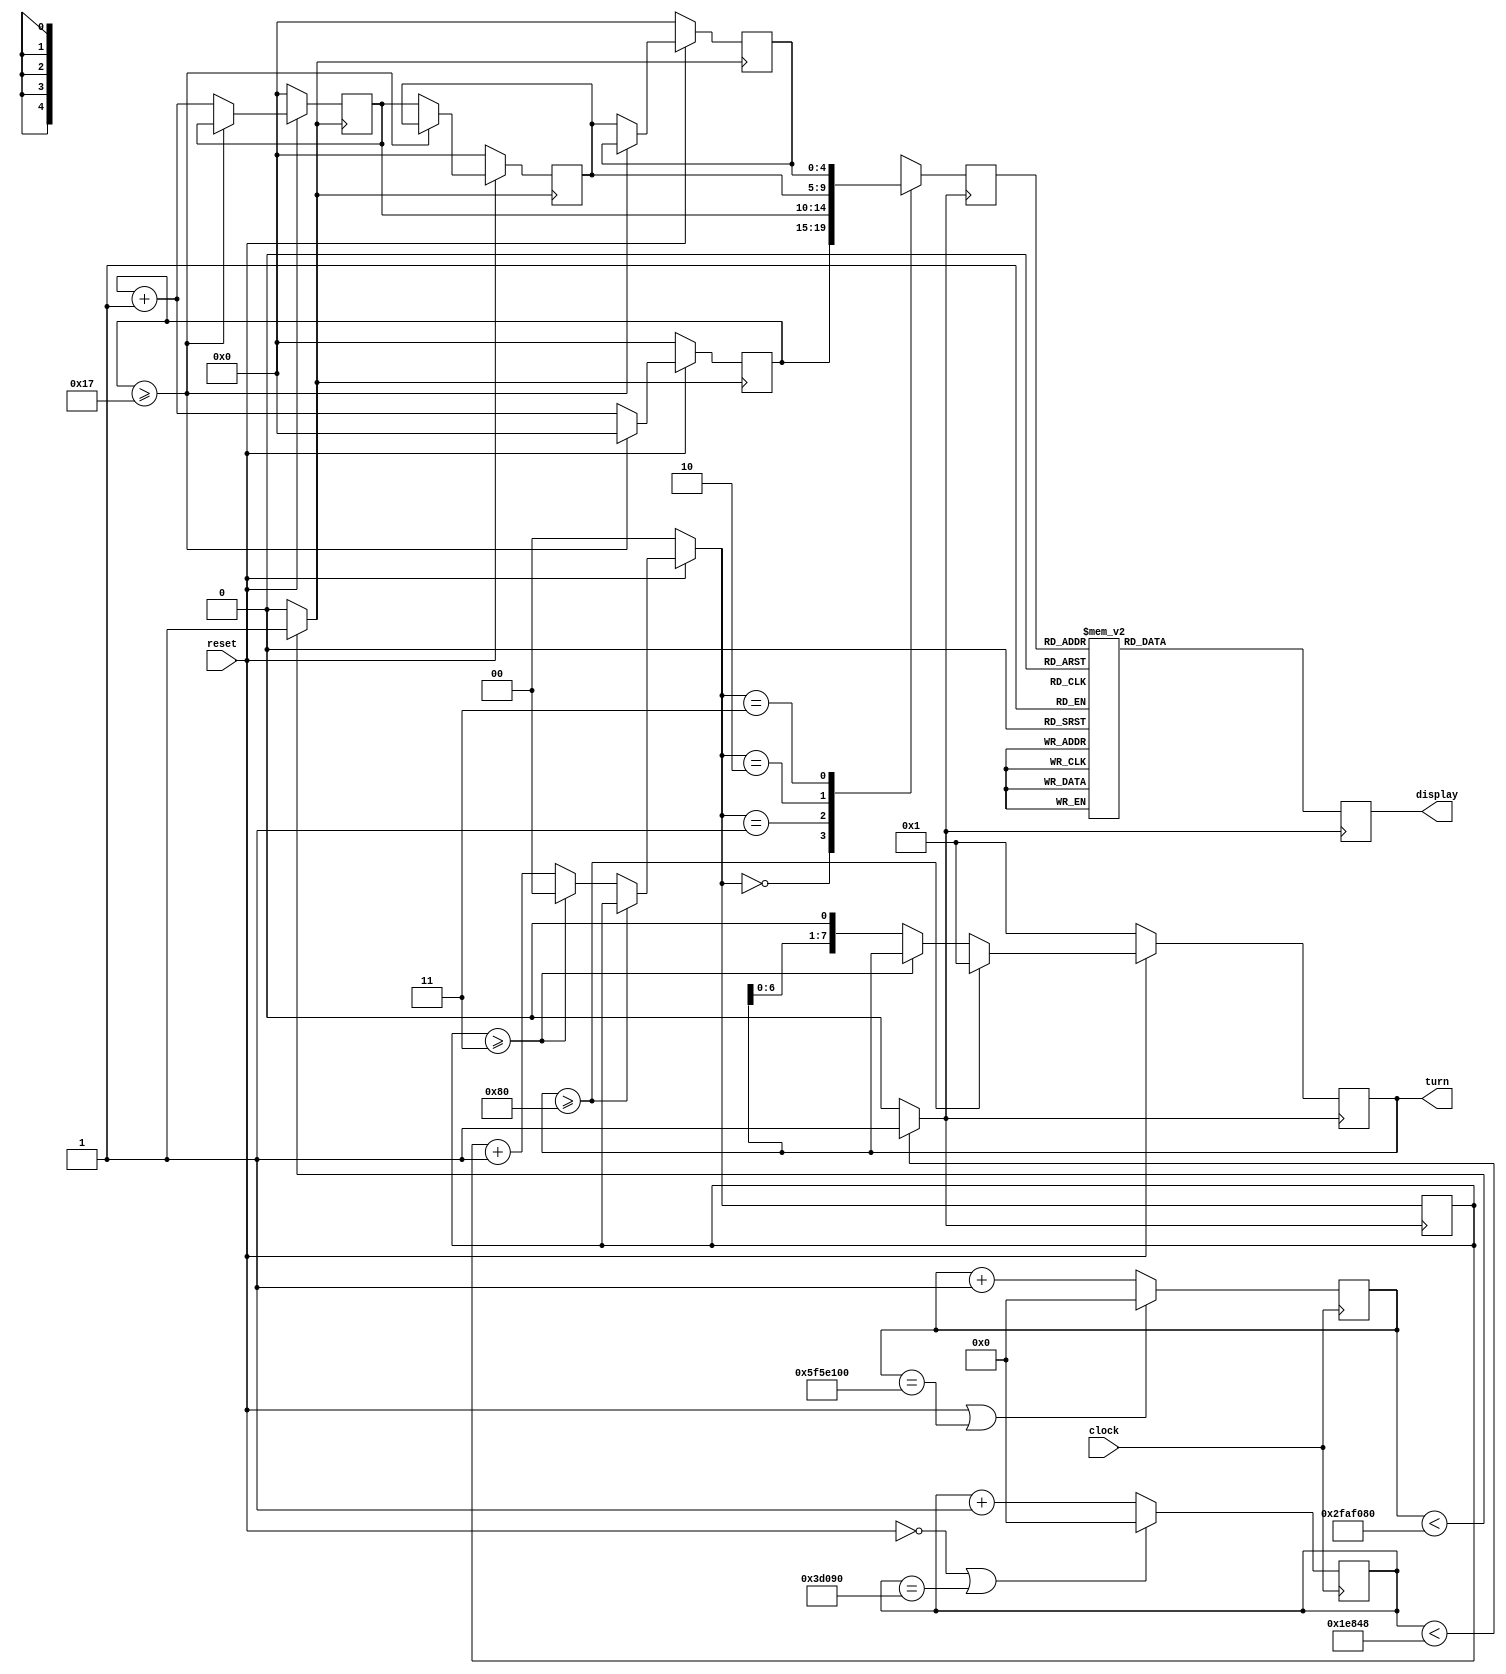
module snake (clock, reset, turn, display);
    input clock, reset;
    output [7:0] turn;
    output [15:0] display;

    reg [4:0] body, first, second, third, fourth;  // 

    reg [7:0] turn;
    reg [1:0] turn_snake;
    reg [15:0] display;
    reg [32:0] diver, diver400;
    reg clock_1hz, clock_400hz;

    always@(posedge clock) begin
        if(reset || diver == 100000000) begin
            diver = 0;
        end else begin
            diver = diver + 1;
        end
    end

    always @ (diver) begin
        if (diver < 50000000) begin
            clock_1hz = 1;
        end else begin
            clock_1hz = 0;
        end
    end

    always@(posedge clock) begin
        if(~reset || diver400 == 250000) begin
            diver400 = 0;
        end else begin
            diver400 = diver400 + 1;
        end
    end

    always @ (diver400) begin
        if (diver400 < 125000) begin
            clock_400hz = 1;
        end else begin
            clock_400hz = 0;
        end
    end

    // always @ (clock) begin
    //     clock_400hz = clock;
    //
    //     if(~reset || diver == 16) begin
    //         diver = 0;
    //     end else begin
    //         diver = diver + 1;
    //     end
    // end
    //
    // always @ (*) begin
    //     if (diver < 8) begin
    //         clock_1hz = 1;
    //     end else begin
    //         clock_1hz = 0;
    //     end
    // end

    // 
    always @ (posedge clock_400hz) begin
        if (~reset) begin
            turn = 8'b00000001;
            turn_snake = 0;
            display = {8'b00000000, 8'b00000000};
        end else if (turn >= 128) begin
            turn = 8'b00000001;
        end else if (turn_snake >= 3) begin
            turn_snake = 0;
        end else begin
            turn = turn << 1;
            turn_snake = turn_snake + 1;
        end
        case (turn)
            8'b00000001: begin
                case (body)

                    default: display = {8'b00000000, 8'b00000000};
                endcase
            end

            8'b00000010: begin
                case (body)

                    default: display = {8'b00000000, 8'b00000000};
                endcase
            end

            8'b00000100: begin
                case (body)

                    default: display = {8'b00000000, 8'b00000000};
                endcase
            end

            8'b00001000: begin
                case (body)
                    default: display = {8'b00000000, 8'b00000000};
                endcase
            end

            8'b00010000: begin
                case (body)

                    default: display = {8'b00000000, 8'b00000000};
                endcase
            end
            8'b00100000: begin
                case (body)
                    default: display = {8'b00000000, 8'b00000000};
                endcase
            end

            8'b01000000: begin
                // 
                case (body)

                    default: display = {8'b00000000, 8'b00000000};
                endcase
            end

            8'b10000000: begin
                // 

            end

        endcase
        case (body)
            5'b00001: display = {8'b00000000, 8'b00000010};
            5'b00010: display = {8'b00100000, 8'b00000000};
            5'b00011: display = {8'b00010000, 8'b00000000};
            5'b00100: display = {8'b00010000, 8'b00000000};
            5'b00101: display = {8'b10000000, 8'b00000000};
            5'b00110: display = {8'b00010000, 8'b00000000};
            5'b00111: display = {8'b00001000, 8'b00000000};
            5'b01000: display = {8'b00000100, 8'b00000000};
            5'b01001: display = {8'b10000000, 8'b00000000};
            5'b01010: display = {8'b01000000, 8'b00000000};
            5'b01011: display = {8'b00010000, 8'b00000000};
            5'b01100: display = {8'b00000010, 8'b00000000};
            5'b01101: display = {8'b00000010, 8'b00000000};
            5'b01110: display = {8'b01000000, 8'b00000000};
            5'b10000: display = {8'b00000000, 8'b10000000};
            5'b10001: display = {8'b00000000, 8'b10000000};
            5'b10010: display = {8'b00000000, 8'b10000000};
            5'b10011: display = {8'b00000000, 8'b10000000};
            5'b10100: display = {8'b00000000, 8'b01000000};
            5'b10101: display = {8'b00000000, 8'b00000010};
            5'b10110: display = {8'b00000000, 8'b00000010};
            5'b10111: display = {8'b00000000, 8'b00000010};
            default: display = {8'b00000000, 8'b00000000};
        endcase
        case (turn_snake)
            0: body = first;
            1: body = second;
            2: body = third;
            3: body = fourth;
        endcase
    end

    always @ (posedge clock_1hz) begin
        if (~reset) begin
            first = 0;
            second = 0;
            third = 0;
            fourth = 0;
        end else if (first >= 23) begin
            first = 0;
        end else begin
            first = first + 1;
            second <= first;
            third <= second;
            fourth <= third;
        end
    end

endmodule // snake